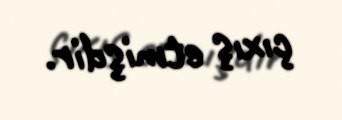
çıxış etmişdir.